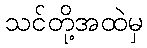
သင်တို့အထဲမှ